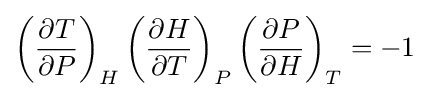
\left({\frac {\partial T}{\partial P}}\right)_{H}\left({\frac {\partial H}{\partial T}}\right)_{P}\left({\frac {\partial P}{\partial H}}\right)_{T}=-1